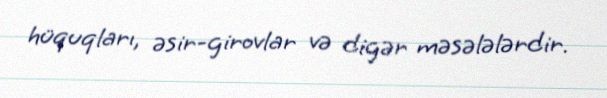
hüquqları, əsir-girovlar və digər məsələlərdir.